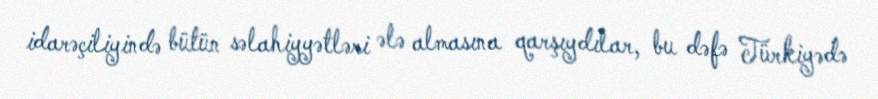
idarəçiliyində bütün səlahiyyətləri ələ almasına qarşıydılar, bu dəfə Türkiyədə